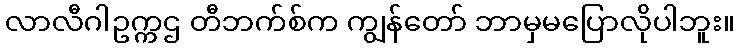
လာလီဂါဥက္ကဌ တီဘက်စ်က ကျွန်တော် ဘာမှမပြောလိုပါဘူး။